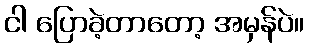
ငါ ပြောခဲ့တာတော့ အမှန်ပဲ။